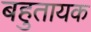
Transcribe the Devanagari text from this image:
बहुतायक